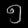
Digit: ၅